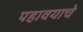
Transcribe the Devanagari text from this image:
पहावयाचे